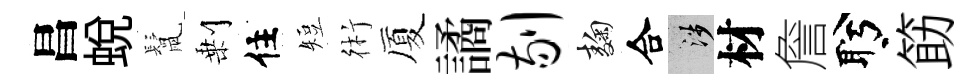
昌蛻鬛剰住短術厦譎剔麹合涉材詹盻筯